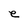
Character: e